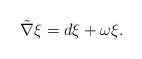
LaTeX: \begin{align*} \tilde{\nabla}\xi=d\xi+\omega\xi.\end{align*}